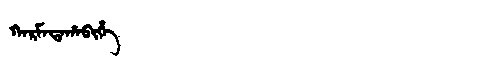
Manchu: ᡴᠠᡵᠮᠠᡨᠠᡥᠠᠪᡳᡥᡝ
Romanization: KARMATAHABIHE